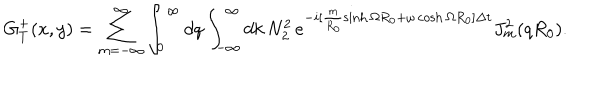
LaTeX: G _ { T } ^ { + } ( x , y ) = \sum _ { m = - \infty } ^ { \infty } \int _ { 0 } ^ { \infty } d q \int _ { - \infty } ^ { \infty } d k \, N _ { 2 } ^ { 2 } \, e ^ { - i [ \frac { m } { R _ { 0 } } \sinh \Omega R _ { 0 } + \omega \cosh \Omega R _ { 0 } ] \Delta t } J _ { m } ^ { 2 } ( q R _ { 0 } ) .